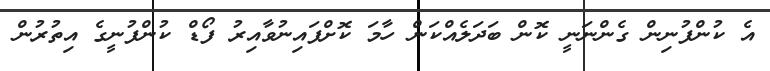
އެ ކުންފުނިން ގެންނަނީ ކޮން ބަދަލެއްކަން ހާމަ ކޮށްފައިނުވާއިރު ފޯޑް ކުންފުނީގެ އިތުރުން